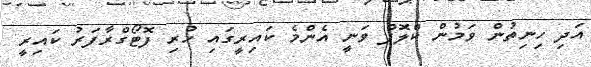
އަދި ހިނިތުން ވަމުން ކްލޮޕް ވަނީ އެންމެ ކައިރީގައި ހުރި ފޮޓޯގްރާފަރު ކައިރީ